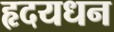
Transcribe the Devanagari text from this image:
हृदयधन